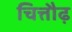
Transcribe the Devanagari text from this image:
चित्तौढ़